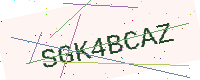
Text: SGK4BCAZ